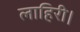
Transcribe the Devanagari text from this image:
लाहिरी।